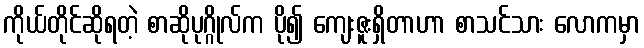
ကိုယ်တိုင်ဆိုရတဲ့ စာဆိုပုဂ္ဂိုလ်က ပို၍ ကျေးဇူးရှိတာဟာ စာသင်သား လောကမှာ